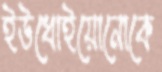
ইউধোইয়োনোকে